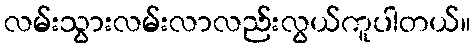
လမ်းသွားလမ်းလာလည်းလွယ်ကူပါတယ်။